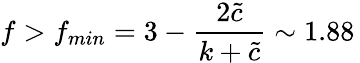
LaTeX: f>f_{min}=3-\frac{2{\tilde{c}}}{k+{\tilde{c}}}\sim 1.88\,